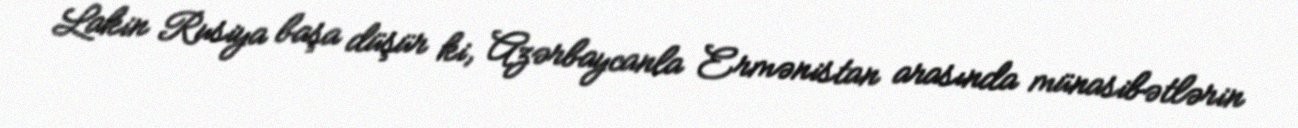
Lakin Rusiya başa düşür ki, Azərbaycanla Ermənistan arasında münasibətlərin